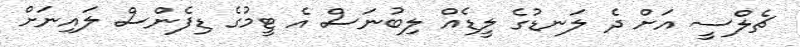
ޗެލްސީ އަށް ދެ ލަނޑުގެ ލީޑެއް ލިބުނަސް އެ ޓީމުގެ ޑިފެންސް ލައިނަށް